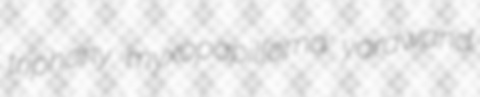
triphony myxopapilloma yardwand